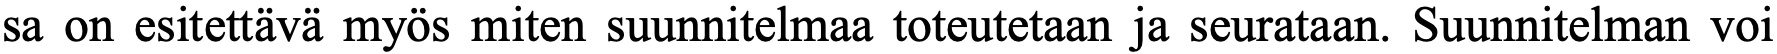
sa on esitettävä myös miten suunnitelmaa toteutetaan ja seurataan. Suunnitelman voi